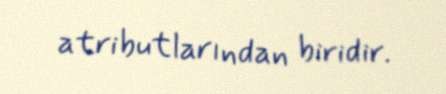
atributlarından biridir.